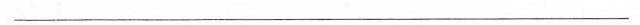
__________________________________________